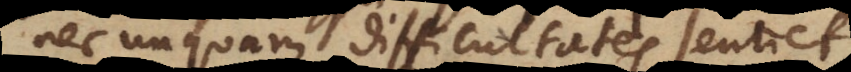
nec unquam difficultates sentiet